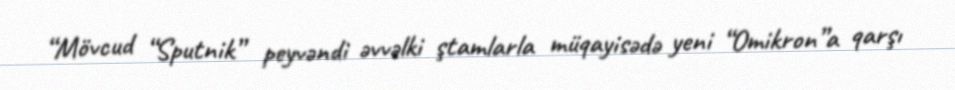
“Mövcud “Sputnik” peyvəndi əvvəlki ştamlarla müqayisədə yeni “Omikron”a qarşı